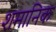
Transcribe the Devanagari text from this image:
शमानिक